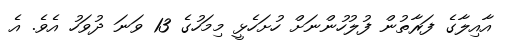
އާއިލާގެ ފަރާތުން ފުލުހުންނަށް ހުށަހެޅީ މިމަހުގެ 13 ވަނަ ދުވަހު އެވެ. އެ